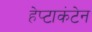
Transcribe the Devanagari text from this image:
हेप्टाकंटेन